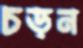
চড়ন